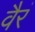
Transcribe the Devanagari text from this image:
वैरं